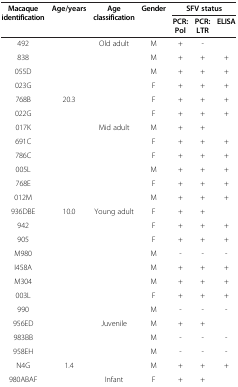
<table><thead><tr><td><b>Macaque identification</b></td><td><b>Age/years</b></td><td><b>Age classification</b></td><td><b>Gender</b></td><td colspan="3"><b>SFV status</b></td></tr><tr><td colspan="4">[EMPTY_CELL]</td><td><b>PCR:Pol</b></td><td><b>PCR:LTR</b></td><td><b>ELISA</b></td></tr></thead><tbody><tr><td>492</td><td>[EMPTY_CELL]</td><td rowspan="6">Old adult</td><td>M</td><td>+</td><td>-</td><td>[EMPTY_CELL]</td></tr><tr><td>838</td><td>[EMPTY_CELL]</td><td>M</td><td>+</td><td>+</td><td>+</td></tr><tr><td>055D</td><td>[EMPTY_CELL]</td><td>M</td><td>+</td><td>+</td><td>+</td></tr><tr><td>023G</td><td>[EMPTY_CELL]</td><td>F</td><td>+</td><td>+</td><td>+</td></tr><tr><td>768B</td><td>20.3</td><td>F</td><td>+</td><td>+</td><td>+</td></tr><tr><td>022G</td><td>[EMPTY_CELL]</td><td>F</td><td>+</td><td>+</td><td>+</td></tr><tr><td>017K</td><td>[EMPTY_CELL]</td><td rowspan="6">Mid adult</td><td>M</td><td>+</td><td>+</td><td>[EMPTY_CELL]</td></tr><tr><td>691C</td><td>[EMPTY_CELL]</td><td>F</td><td>+</td><td>+</td><td>+</td></tr><tr><td>786C</td><td>[EMPTY_CELL]</td><td>F</td><td>+</td><td>+</td><td>+</td></tr><tr><td>005L</td><td>[EMPTY_CELL]</td><td>M</td><td>+</td><td>+</td><td>+</td></tr><tr><td>768E</td><td>[EMPTY_CELL]</td><td>F</td><td>+</td><td>+</td><td>+</td></tr><tr><td>012M</td><td>[EMPTY_CELL]</td><td>M</td><td>+</td><td>+</td><td>+</td></tr><tr><td>936DBE</td><td>10.0</td><td rowspan="8">Young adult</td><td>F</td><td>+</td><td>+</td><td>[EMPTY_CELL]</td></tr><tr><td>942</td><td>[EMPTY_CELL]</td><td>F</td><td>+</td><td>+</td><td>+</td></tr><tr><td>905</td><td>[EMPTY_CELL]</td><td>F</td><td>+</td><td>+</td><td>+</td></tr><tr><td>M980</td><td>[EMPTY_CELL]</td><td>M</td><td>-</td><td>-</td><td>-</td></tr><tr><td>I458A</td><td>[EMPTY_CELL]</td><td>M</td><td>+</td><td>+</td><td>+</td></tr><tr><td>M304</td><td>[EMPTY_CELL]</td><td>M</td><td>+</td><td>+</td><td>+</td></tr><tr><td>003L</td><td>[EMPTY_CELL]</td><td>F</td><td>+</td><td>+</td><td>+</td></tr><tr><td>990</td><td>[EMPTY_CELL]</td><td>M</td><td>-</td><td>-</td><td>-</td></tr><tr><td>956ED</td><td>[EMPTY_CELL]</td><td rowspan="4">Juvenile</td><td>M</td><td>+</td><td>+</td><td>[EMPTY_CELL]</td></tr><tr><td>983BB</td><td>[EMPTY_CELL]</td><td>M</td><td>-</td><td>-</td><td>-</td></tr><tr><td>958EH</td><td>[EMPTY_CELL]</td><td>M</td><td>-</td><td>-</td><td>-</td></tr><tr><td>N4G</td><td>1.4</td><td>M</td><td>+</td><td>+</td><td>+</td></tr><tr><td>980ABAF</td><td>[EMPTY_CELL]</td><td>Infant</td><td>F</td><td>+</td><td>+</td><td>[EMPTY_CELL]</td></tr></tbody></table>